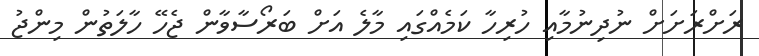
ރަށްރަށަށް ނުދިނުމާއި ހުރިހާ ކަމެއްގައި މާލެ އަށް ބަރޯސާވާން ޖެހޭ ހާލަތުން މިންޖު